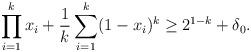
LaTeX: \begin{align*}\prod_{i=1}^k x_i +\frac 1k \sum_{i=1}^k (1-x_i)^k \geq 2^{1-k}+\delta_0.\end{align*}